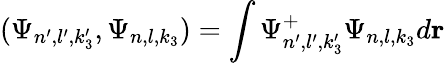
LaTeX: (\Psi_{n^{\prime},l^{\prime},k_{3}^{\prime}},\Psi_{n,l,k_{3}})=\int\Psi_{n^{\prime},l^{\prime},k_{3}^{\prime}}^{+}\Psi_{n,l,k_{3}}d{\mathbf r}